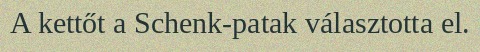
A kettőt a Schenk-patak választotta el.